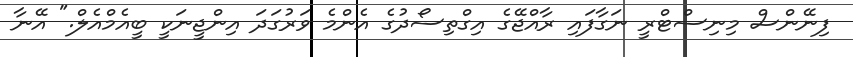
ފިނޭންސް މިނިސްޓްރީ ނަގާފައި ރާއްޖޭގެ އިގްތިސޯދުގެ އެންމެ ވަރުގަދަ އިންޖީނަކީ ބީއެމްއެލް." އޭނާ